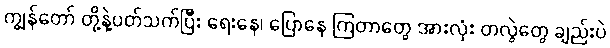
ကျွန်တော် တို့နဲ့ပတ်သက်ပြီး ရေးနေ၊ ပြောနေ ကြတာတွေ အားလုံး တလွဲတွေ ချည်းပဲ